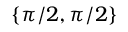
\{ \pi / 2 , \pi / 2 \}